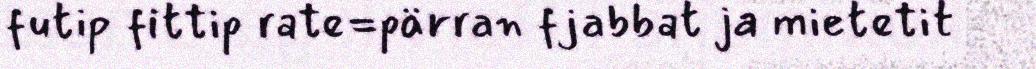
futip fittip rate=pärran fjabbat ja mietetit